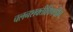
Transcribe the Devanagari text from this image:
चलनशक्तीविषयीचे